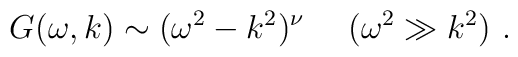
\ G(\omega, k) \sim (\omega^2-k^2)^\nu \ \ \ \ (\omega^2 \gg k^2 ) \ .